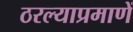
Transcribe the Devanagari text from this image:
ठरल्याप्रमाणें